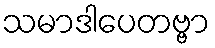
သမာဒါပေတဗ္ဗာ